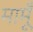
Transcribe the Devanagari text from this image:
मामूँ